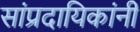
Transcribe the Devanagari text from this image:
सांप्रदायिकांनी